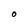
Character: O